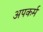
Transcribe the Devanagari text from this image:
अपकर्म